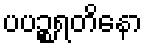
ပပဉ္စရတိနော